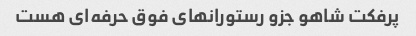
پرفکت شاهو جزو رستورانهای فوق حرفه‌ای هست